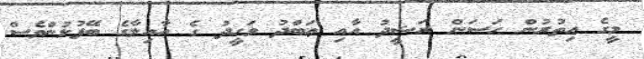
މީގެ އިތުރުން ޙަސަން ރަޝީދު އާއި ޢަބްދު ވަހީދު ގެ އާއިލާގެ ބޭފުޅުންވެސް